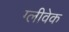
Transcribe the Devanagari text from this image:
ग्लीवेक